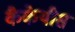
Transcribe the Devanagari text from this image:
कैकेयीस